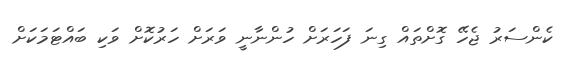
ކެންސަރު ޖެހޭ ގޮށްތައް ގިނަ ފަހަރަށް ހުންނާނީ ވަރަށް ހަރުކޮށް ވަކި ބައްޓަމަކަށް